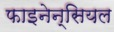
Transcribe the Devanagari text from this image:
फाइनेन्सियल